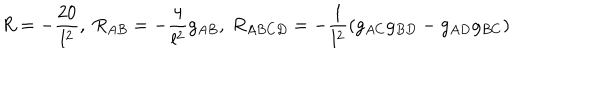
R = - \frac { 2 0 } { l ^ { 2 } } , ~ R _ { A B } = - \frac { 4 } { l ^ { 2 } } g _ { A B } , ~ R _ { A B C D } = - \frac { 1 } { l ^ { 2 } } ( g _ { A C } g _ { B D } - g _ { A D } g _ { B C } )